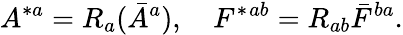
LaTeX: A^{*a}=R_{a}(\bar{A}^{a}),\quad F^{*}{}^{ab}=R_{ab}\bar{F}^{ba}.